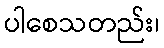
ပါစေသတည်း၊